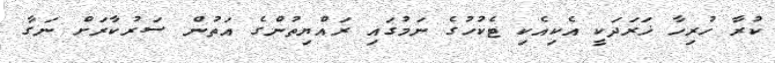
ކުރާ ހުރިހާ ޚަރަދަކީ އެކިއެކި ޓެކުހުގެ ނަމުގައި ރައްޔިތުންގެ އަތުން ސަރުކާރަށް ނަގާ